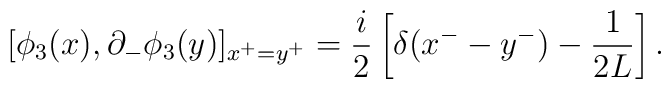
[\phi_3(x), \partial_-\phi_3(y)]_{x^+=y^+}=\frac{i}{2}\left[\delta(x^--y^-)-\frac{1}{2L}\right].